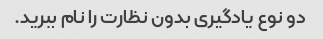
دو نوع یادگیری بدون نظارت را نام ببرید.